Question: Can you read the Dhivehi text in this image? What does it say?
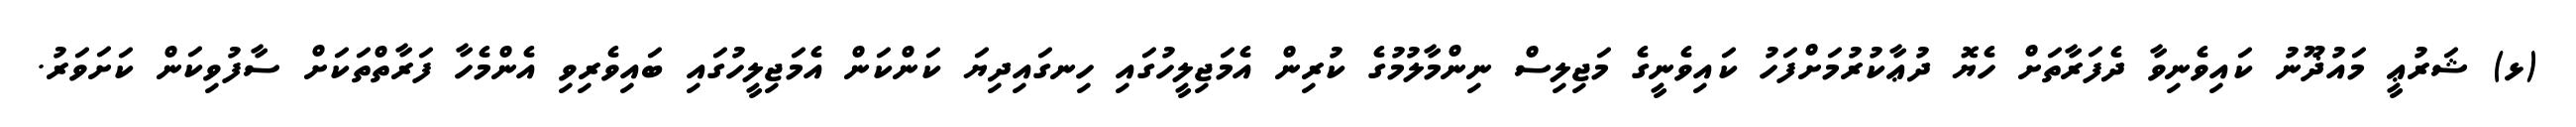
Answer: (ޅ) ޝަރުޢީ މައުޛޫނު ކައިވެނިވާ ދެފަރާތަށް ހެޔޮ ދުޢާކުރުމަށްފަހު ކައިވެނީގެ މަޖިލިސް ނިންމާލުމުގެ ކުރިން އެމަޖިލީހުގައި ހިނގައިދިޔަ ކަންކަން އެމަޖިލީހުގައި ބައިވެރިވި އެންމެހާ ފަރާތްތަކަށް ސާފުވިކަން ކަށަވަރު.